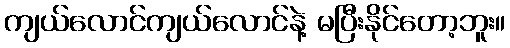
ကျယ်လောင်ကျယ်လောင်နဲ့ မပြီးနိုင်တော့ဘူး။